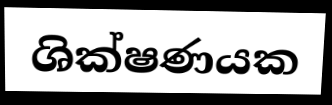
ශික්ෂණයක